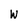
Character: W